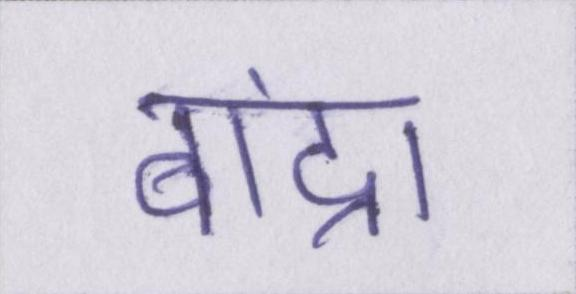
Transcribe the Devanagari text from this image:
बांद्रा